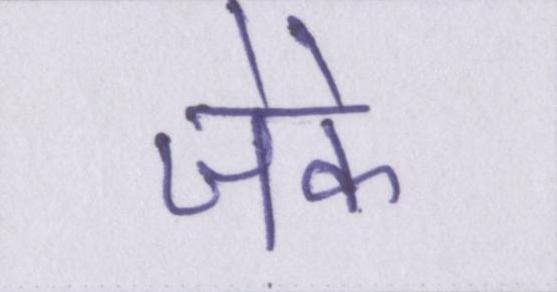
जेके